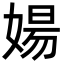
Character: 婸